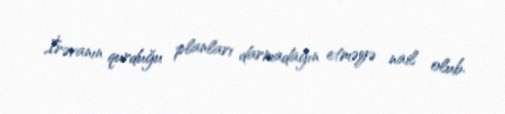
İrəvanın qurduğu planları darmadağın etməyə nail olub.